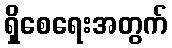
ရှိစေရေးအတွက်